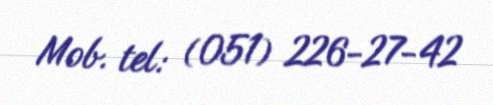
Mob. tel: (051) 226-27-42